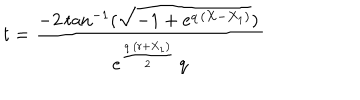
t = { \frac { - 2 \, \mathrm { t a n } ^ { - 1 } ( { \sqrt { - 1 + { e ^ { q \, \left( X - { X _ { 1 } } \right) } } } } ) \, { } } { { e ^ { { \frac { q \, \left( r + { X _ { 1 } } \right) } { 2 } } } } \, q } }